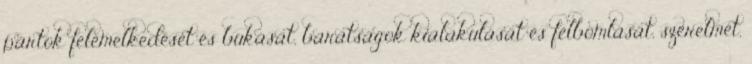
pártok felemelkedését és bukását, barátságok kialakulását és felbomlását, szerelmet,